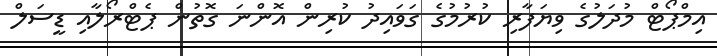
އިމްޕޯޓް މުދަލުގެ ވިޔަފާރި ކުރުމުގެ ގަވައިދު ކުރިން އޮންނަ ގޮތުން ޕެޓްރޯލާއި ޑީސަލް